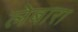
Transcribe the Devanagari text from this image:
लेबारा